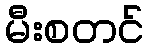
မီးစတင်